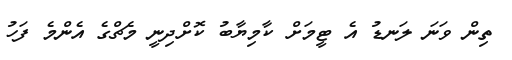
ތިން ވަނަ ލަނޑު އެ ޓީމަށް ކާމިޔާބު ކޮށްދިނީ މެޗްގެ އެންމެ ފަހު